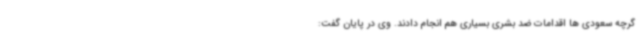
گرچه سعودی ها اقدامات ضد بشری بسیاری هم انجام دادند. وی در پایان گفت: